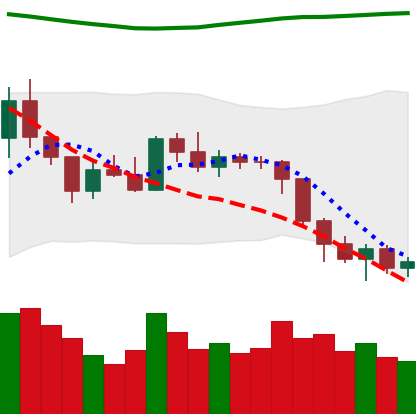
Ticker: ETH-USD
Chart end date: 2018-08-05
Forward return: -18.596%
Label: down_7plus